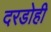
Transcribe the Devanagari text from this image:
दरडोही